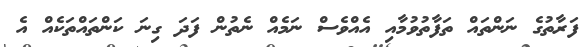
ފަރާތުގެ ނަންތައް ތަފާތުވުމާއި އެއްވެސް ނަމެއް ނެތުން ފަދަ ގިނަ ކަންތައްތަކެއް އެ